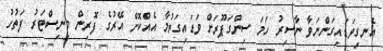
އެނގިވަޑައިގަންނަވާ ނާސިރު ހަމަ ސިންގަޕޫރަށް ވަޑައިގަތުމާ އެއްކޮށް އޭރުގެ ފޮރިން މިނިސްޓަރު ފަތުހު